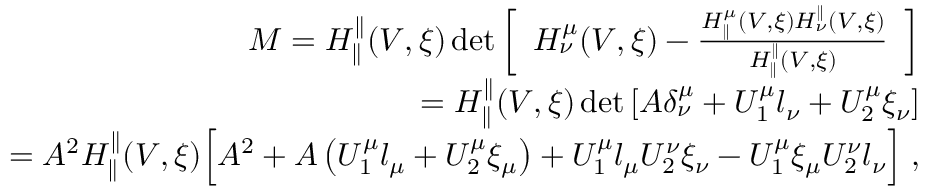
\begin{array} { r l r } & { } & { M = H _ { \parallel } ^ { \parallel } ( V , \xi ) \operatorname* { d e t } \left[ \begin{array} { l } { H _ { \nu } ^ { \mu } ( V , \xi ) - \frac { H _ { \parallel } ^ { \mu } ( V , \xi ) H _ { \nu } ^ { \parallel } ( V , \xi ) } { H _ { \parallel } ^ { \parallel } ( V , \xi ) } } \end{array} \right] } \\ & { } & { = H _ { \parallel } ^ { \parallel } ( V , \xi ) \operatorname* { d e t } \left[ A \delta _ { \nu } ^ { \mu } + U _ { 1 } ^ { \mu } l _ { \nu } + U _ { 2 } ^ { \mu } \xi _ { \nu } \right] } \\ & { } & { = A ^ { 2 } H _ { \parallel } ^ { \parallel } ( V , \xi ) \Big [ A ^ { 2 } + A \left( U _ { 1 } ^ { \mu } l _ { \mu } + U _ { 2 } ^ { \mu } \xi _ { \mu } \right) + U _ { 1 } ^ { \mu } l _ { \mu } U _ { 2 } ^ { \nu } \xi _ { \nu } - U _ { 1 } ^ { \mu } \xi _ { \mu } U _ { 2 } ^ { \nu } l _ { \nu } \Big ] \; , } \end{array}